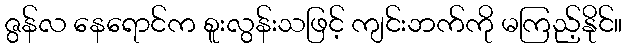
ဇွန်လ နေရောင်က စူးလွန်းသဖြင့် ကျင်းဘက်ကို မကြည့်နိုင်။